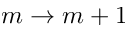
m \rightarrow m + 1